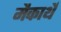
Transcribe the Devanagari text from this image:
मैकार्थे